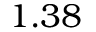
1 . 3 8